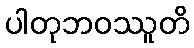
ပါတုဘဝဿူတိ